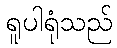
ရူပါရုံသည်